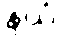
နယံ